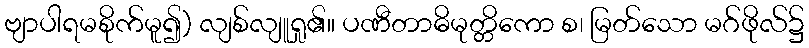
ဗျာပါရမစိုက်မူ၍) လျစ်လျူရှု၏။ ပဏီတာဓိမုတ္တိကော စ၊ မြတ်သော မဂ်ဖိုလ်၌